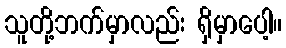
သူတို့ဘက်မှာလည်း ရှိမှာပေါ့။